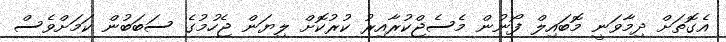
އެގޮތަށް ދިމާވަނީ މޮބައިލް ފޯނުން މެސެޖްކުރާއިރު ކުރުކޮށް ލިޔަން ޖެހުމުގެ ސަބަބުން ކަމަށްވެސް